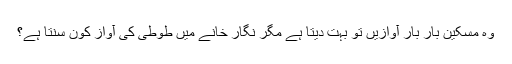
وہ مسکین بار بار آوازیں تو بہت دیتا ہے مگر نگار خانے میں طوطی کی آواز کون سنتا ہے؟